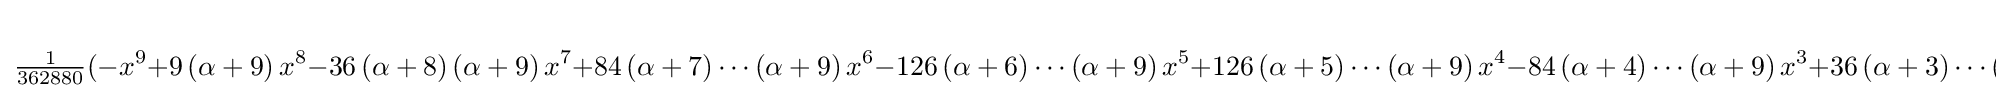
{\tfrac {1}{362880}}(-x^{9}+9\left(\alpha +9\right)x^{8}-36\left(\alpha +8\right)\left(\alpha +9\right)x^{7}+84\left(\alpha +7\right)\cdots \left(\alpha +9\right)x^{6}-126\left(\alpha +6\right)\cdots \left(\alpha +9\right)x^{5}+126\left(\alpha +5\right)\cdots \left(\alpha +9\right)x^{4}-84\left(\alpha +4\right)\cdots \left(\alpha +9\right)x^{3}+36\left(\alpha +3\right)\cdots \left(\alpha +9\right)x^{2}-9\left(\alpha +2\right)\cdots \left(\alpha +9\right)x+\left(\alpha +1\right)\cdots \left(\alpha +9\right))